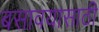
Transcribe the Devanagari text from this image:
बसावयासाठी